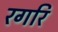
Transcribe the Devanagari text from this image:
रगरि